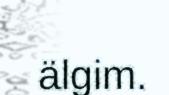
älgim.